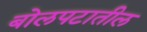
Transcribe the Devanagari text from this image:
बोलपटातील